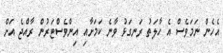
އެހެން ނަމަވެސް އެ ހާލަތު ރަނގަޅު ވާނެ ކަމަށާއި އިންވެސްޓަރުން ރާއްޖެ އަށް